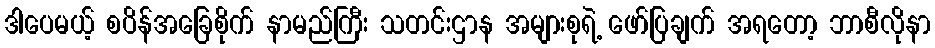
ဒါပေမယ့် စပိန်အခြေစိုက် နာမည်ကြီး သတင်းဌာန အများစုရဲ့ ဖော်ပြချက် အရတော့ ဘာစီလိုနာ